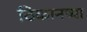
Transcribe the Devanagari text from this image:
ठिकानच्या